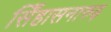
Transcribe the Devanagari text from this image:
सिँहासनारुढ़